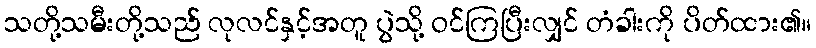
သတို့သမီးတို့သည် လုလင်နှင့်အတူ ပွဲသို့ ဝင်ကြပြီးလျှင် တံခါးကို ပိတ်ထား၏။